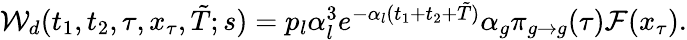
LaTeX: \begin{array}{r}{{\cal W}_{d}(t_{1},t_{2},\tau,x_{\tau},\tilde{T};s)=p_{l}\alpha_{l}^{3}e^{-\alpha_{l}(t_{1}+t_{2}+\tilde{T})}\alpha_{g}\pi_{g\to g}(\tau){\cal F}(x_{\tau}).}\end{array}